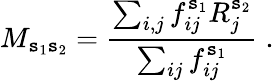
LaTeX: M_{\mathtt{s}_{1}\mathtt{s}_{2}}=\frac{{\sum_{i,j}f_{ij}^{\mathtt{s}_{1}}R_{j}^{\mathtt{s}_{2}}}}{{\sum_{ij}f_{ij}^{\mathtt{s}_{1}}}}\; .